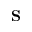
{ \mathbf S }